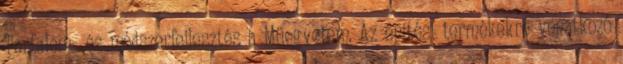
Tartalom- és módszerfejlesztés a Műegyetem. Az építési termékekre vonatkozó